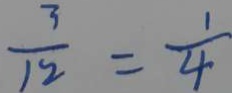
\frac { 3 } { 1 2 } = \frac { 1 } { 4 }